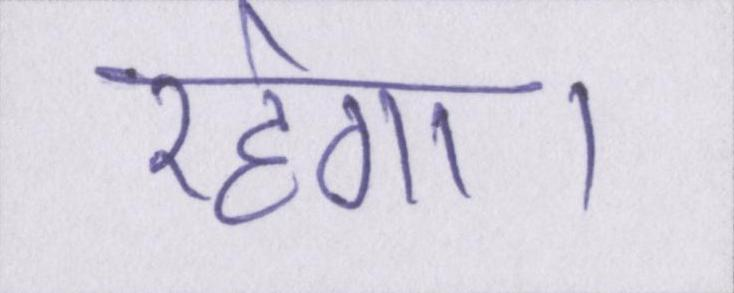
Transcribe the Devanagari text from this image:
रहेगा।